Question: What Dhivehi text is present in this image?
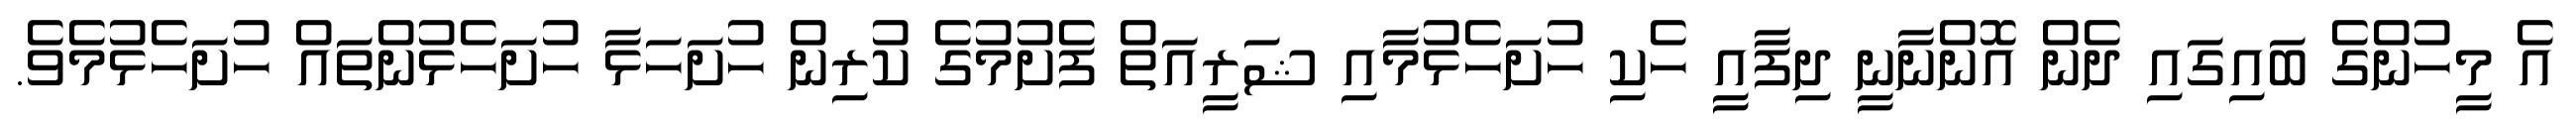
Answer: އެ މީހުންގެ ބައިގައި ދެން އޮންނާނީ ދިފާއީ ހެކި ހުށަހެޅުމާއި ޝަރީއަތް ފެށުމުގެ ކުރިން ހުށަހަޅާ ހުށަހެޅުންތައް ހުށަހެޅުމެވެ.